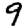
Digit: 9